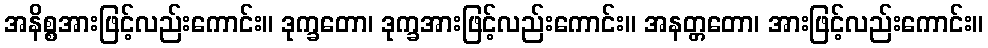
အနိစ္စအားဖြင့်လည်းကောင်း။ ဒုက္ခတော၊ ဒုက္ခအားဖြင့်လည်းကောင်း။ အနတ္တတော၊ အားဖြင့်လည်းကောင်း။